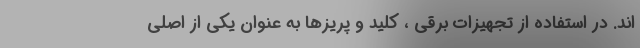
اند. در استفاده از تجهیزات برقی ، کلید و پریزها به عنوان یکی از اصلی